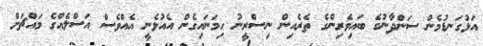
އަޅުގަނޑުމެން ސަންދާނުގެ ބައިވެރިންގެ ތެރެއިން ނިސްރީނު ހިމަނައިގެން އެއުޅެނީ އެއްވެސް އަސްލެއްގެ މައްޗަށް